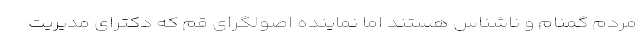
مردم گمنام و ناشناس هستند اما نماینده اصولگرای قم که دکترای مدیریت